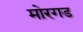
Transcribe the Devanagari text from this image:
मोरगड